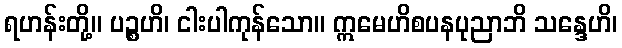
ရဟန်းတို့။ ပဉ္စဟိ၊ ငါးပါကုန်သော။ ဣမေဟိစပနပုညာဘိ သန္ဒေဟိ၊